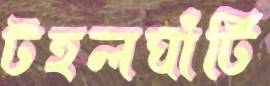
টহলঘাঁটি